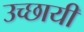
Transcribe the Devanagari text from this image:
उच्छायी